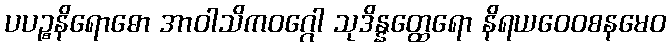
ပပဉ္စနိရောဓော အာဝါသိကဝဂ္ဂေါ သုဒိန္နတ္ထေရော နိရယဝေဝစနမေဝ